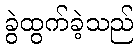
ခွဲထွက်ခဲ့သည်